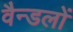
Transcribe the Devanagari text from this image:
वैन्डलों